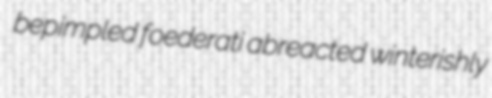
bepimpled foederati abreacted winterishly